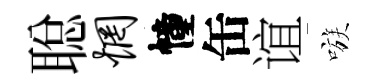
聪惘幢缶谊嗾